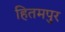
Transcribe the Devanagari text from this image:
हितमपुर